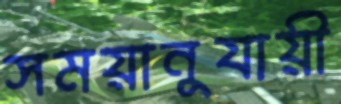
সময়ানুযায়ী